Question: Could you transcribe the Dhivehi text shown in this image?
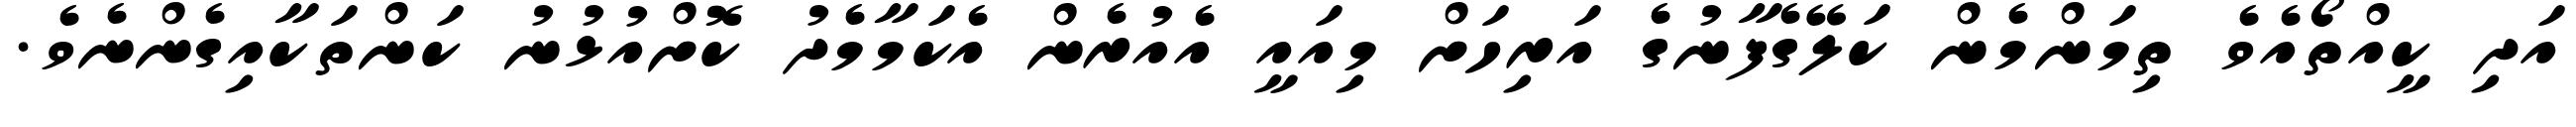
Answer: އަދި ކީއްތޯއެވެ ތިމަންމެން ކަލޭގެފާނުގެ އަރިހަށް މިއައީ އެއުރެން އެކަމާމެދު ކޮށްއުޅުނު ކަންތަކާއިގެންނެވެ.